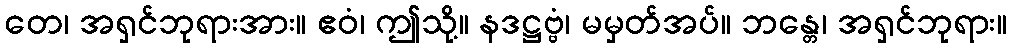
တေ၊ အရှင်ဘုရားအား။ ဧဝံ၊ ဤသို့။ နဒဋ္ဌဗ္ဗံ၊ မမှတ်အပ်။ ဘန္တေ၊ အရှင်ဘုရား။